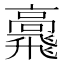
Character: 𩙷